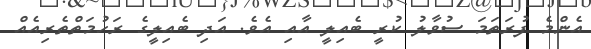
އެންމެ ފުރަތަމަ ސުވާލު ކުރީ ބެއިލީ އާއި އެވެ. އަދި ބެއިލީގެ ރަހުމަތްތެރިއެއް